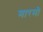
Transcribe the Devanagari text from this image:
मारमो